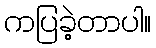
ကပြခဲ့တာပါ။